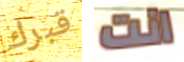
قبرك انت